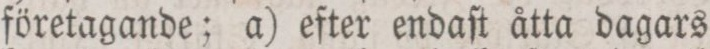
företagande; a) efter endaſt åtta dagars